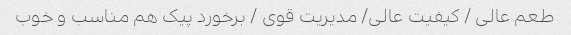
طعم عالی / کیفیت عالی/ مدیریت قوی / برخورد پیک هم مناسب و خوب